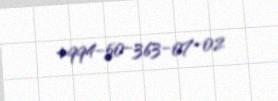
+994-50-363-07-02